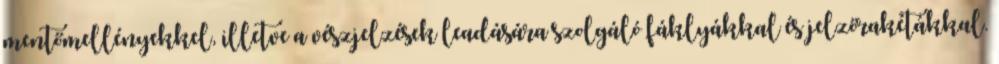
mentőmellényekkel, illetve a vészjelzések leadására szolgáló fáklyákkal és jelzőrakétákkal.